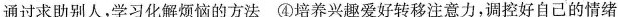
通过求助别人，学习化解烦恼的方法④培养兴趣爱好转移注意力，调控好自己的情绪